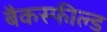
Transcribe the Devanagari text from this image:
बैकस्फील्ड